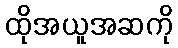
ထိုအယူအဆကို